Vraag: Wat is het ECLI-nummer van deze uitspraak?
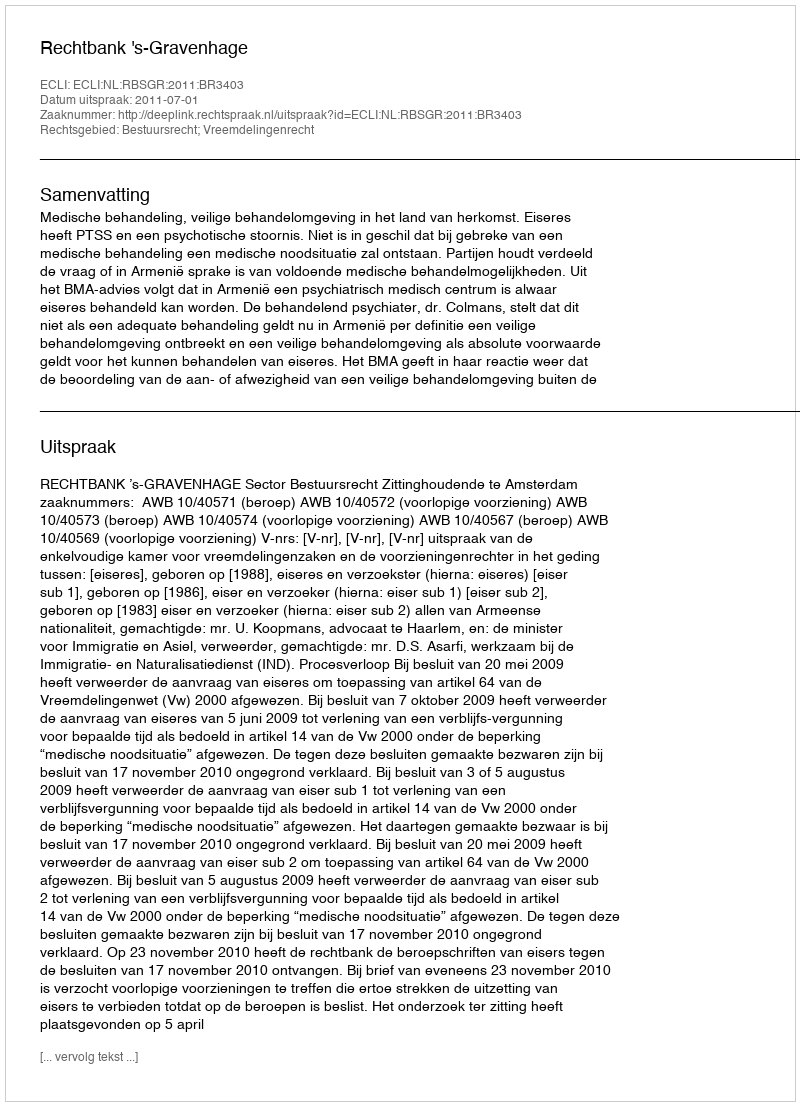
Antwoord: ECLI:NL:RBSGR:2011:BR3403